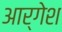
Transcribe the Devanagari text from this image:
आर्गेश